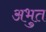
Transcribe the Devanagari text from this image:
अभुत